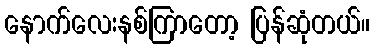
နောက်လေးနစ်ကြာတော့ ပြန်ဆုံတယ်။